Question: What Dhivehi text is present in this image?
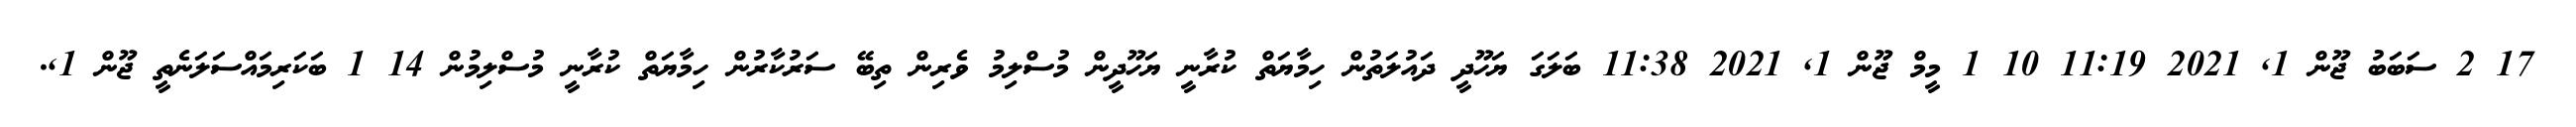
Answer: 17 2 ސަބަބު ޖޫން 1, 2021 11:19 10 1 މީމް ޖޫން 1, 2021 11:38 ބަލަގަ ޔަހޫދީ ދައުލަތުން ހިމާޔަތް ކުރާނީ ޔަހޫދީން މުސްލިމު ވެރިން ތިބޭ ސަރުކާރުން ހިމާޔަތް ކުރާނީ މުސްލިމުން 14 1 ބަކަރިމައްސަލަނެތީ ޖޫން 1,.